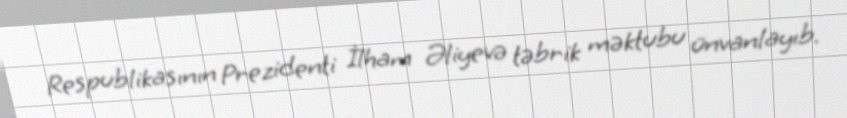
Respublikasının Prezidenti İlham Əliyevə təbrik məktubu ünvanlayıb.